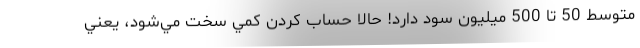
متوسط 50 تا 500 ميليون سود دارد! حالا حساب كردن كمي سخت مي‌شود، يعني